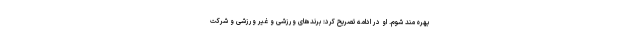
بهره مند شوم. او در ادامه تصریح کرد: برندهای ورزشی و غیر ورزشی و شرکت